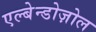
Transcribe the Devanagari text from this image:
एल्बेन्डोज़ोल